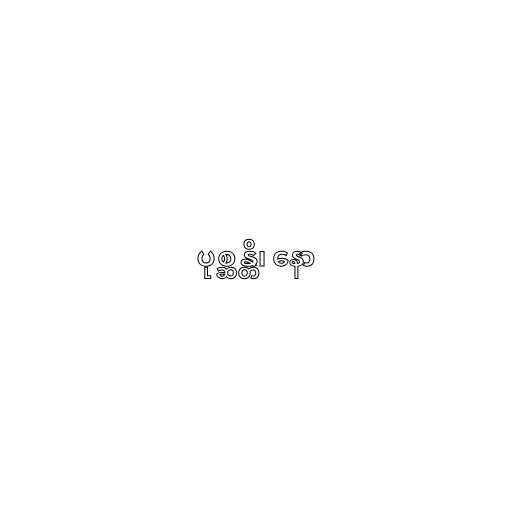
ပုစ္ဆန္တိ၊ နော